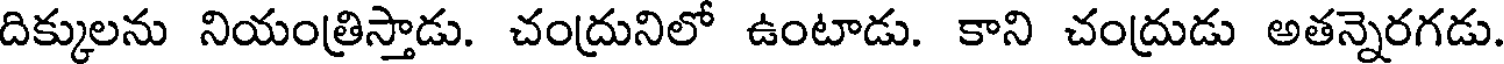
దిక్కులను నియంత్రిస్తాడు. చంద్రునిలో ఉంటాడు. కాని చంద్రుడు అతన్నెరగడు.